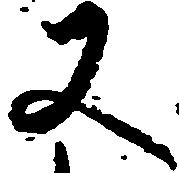
又